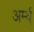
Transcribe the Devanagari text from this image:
अर्म्य्